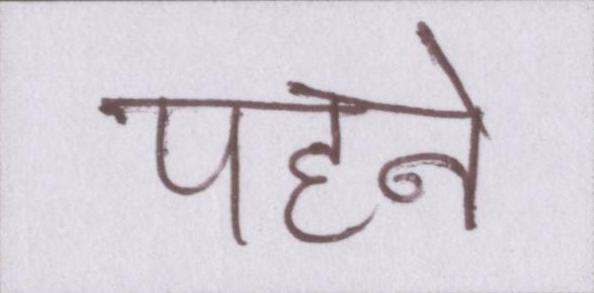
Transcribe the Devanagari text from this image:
पहने